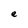
Character: e